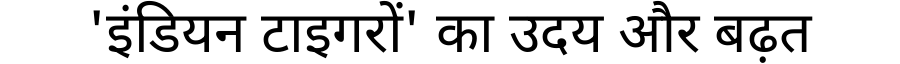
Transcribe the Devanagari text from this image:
'इंडियन टाइगरों' का उदय और बढ़त